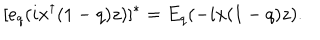
[ e _ { q } ( i x ^ { \dagger } ( 1 - q ) z ) ] ^ { * } = E _ { q } ( - i x ( 1 - q ) z ) .